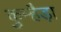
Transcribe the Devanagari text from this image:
कुम्हैड़ा